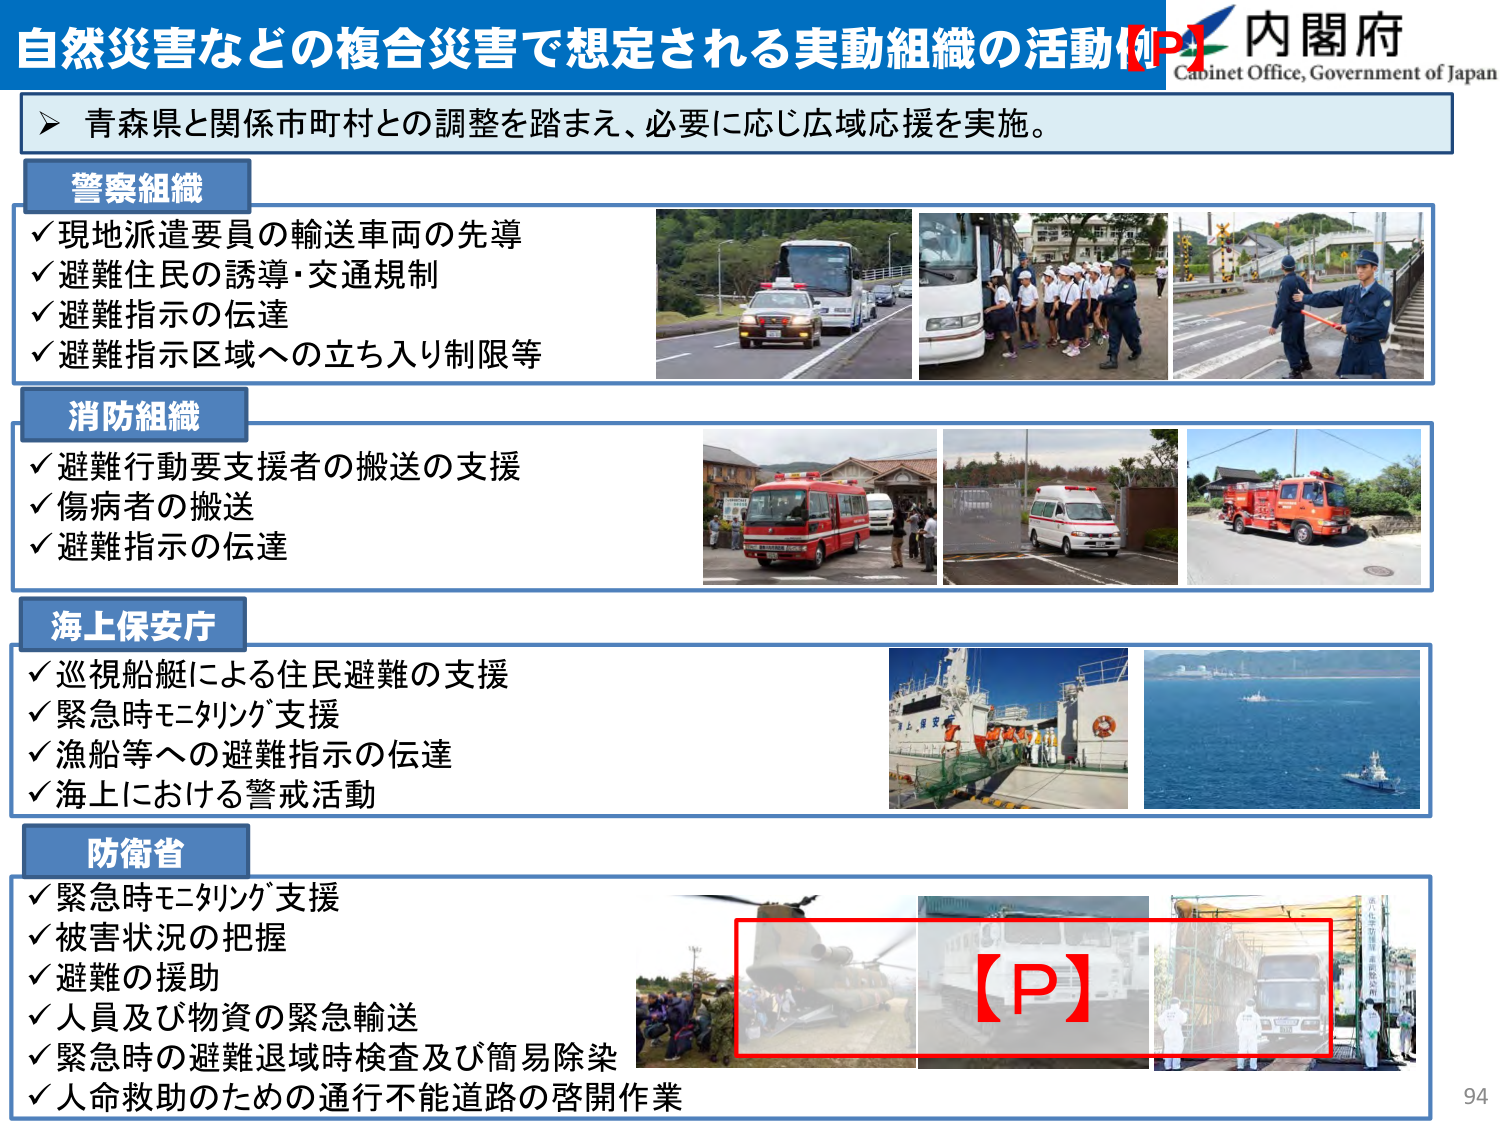
自然災害などの複合災害で想定される実動組織の活動【P】
内閣府
Cabinet Office, Government of Japan
青森県と関係市町村との調整を踏まえ、必要に応じ広域応援を実施。
警察組織
✓現地派遣要員の輸送車両の先導
✓避難住民の誘導・交通規制
✓避難指示の伝達
✓避難指示区域への立ち入り制限等
消防組織
✓避難行動要支援者の搬送の支援
✓傷病者の搬送
✓避難指示の伝達
海上保安庁
✓巡視船艇による住民避難の支援
✓緊急時モニタリング支援
✓漁船等への避難指示の伝達
✓海上における警戒活動
防衛省
✓緊急時モニタリング支援
✓被害状況の把握
✓避難の援助
✓人員及び物資の緊急輸送
✓緊急時の避難退域時検査及び簡易除染
✓人命救助のための通行不能道路の啓開作業
【P】
94